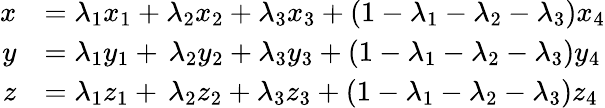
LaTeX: {\begin{array}{rl}{x}&{=\lambda_{1}x_{1}+\lambda_{2}x_{2}+\lambda_{3}x_{3}+(1-\lambda_{1}-\lambda_{2}-\lambda_{3})x_{4}}\\ {y}&{=\lambda_{1}y_{1}+\, \lambda_{2}y_{2}+\lambda_{3}y_{3}+(1-\lambda_{1}-\lambda_{2}-\lambda_{3})y_{4}}\\ {z}&{=\lambda_{1}z_{1}+\, \lambda_{2}z_{2}+\lambda_{3}z_{3}+(1-\lambda_{1}-\lambda_{2}-\lambda_{3})z_{4}}\end{array}}